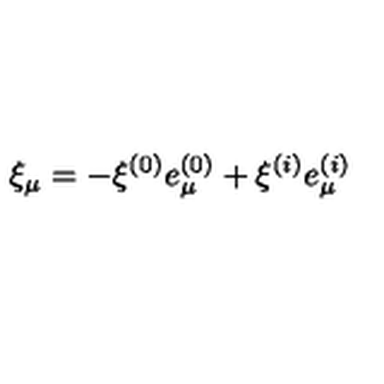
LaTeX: \xi _ { \mu } = - \xi ^ { ( 0 ) } e _ { \mu } ^ { ( 0 ) } + \xi ^ { ( i ) } e _ { \mu } ^ { ( i ) }